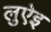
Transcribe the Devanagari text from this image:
लुऐइ